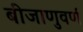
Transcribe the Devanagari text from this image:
बीजाणुवर्ण